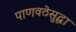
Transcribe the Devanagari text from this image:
पाणवठेसुद्धा